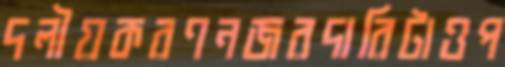
দলীয়করণনজরদারিটাওপ